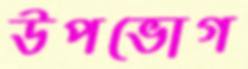
উপভোগ